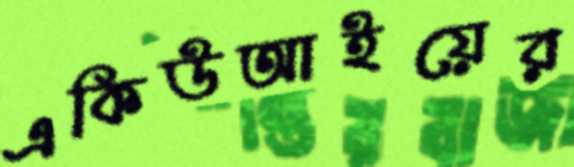
একিউআইয়ের